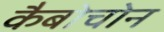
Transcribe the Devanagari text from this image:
कैबोचोन